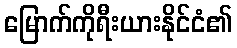
မြောက်ကိုရီးယားနိုင်ငံ၏